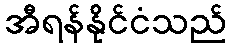
အီရန်နိုင်ငံသည်